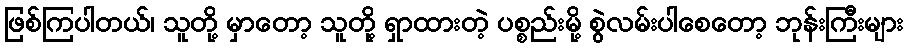
ဖြစ်ကြပါတယ်၊ သူတို့ မှာတော့ သူတို့ ရှာထားတဲ့ ပစ္စည်းမို့ စွဲလမ်းပါစေတော့ ဘုန်းကြီးများ